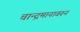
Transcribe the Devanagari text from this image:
चान्द्रमानावरून